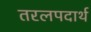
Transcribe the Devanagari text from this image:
तरलपदार्थ